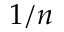
1 / n